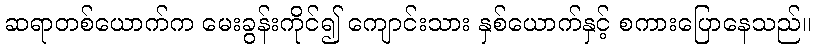
ဆရာတစ်ယောက်က မေးခွန်းကိုင်၍ ကျောင်းသား နှစ်ယောက်နှင့် စကားပြောနေသည်။